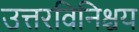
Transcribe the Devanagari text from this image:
उत्तरविनिश्चय